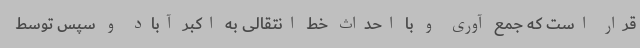
قرار است که جمع آوری و با احداث خط انتقالی به اکبر آباد و سپس توسط